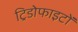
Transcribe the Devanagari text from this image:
ट्रिडोफाइटों